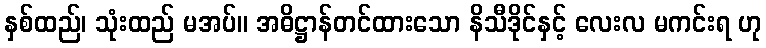
နှစ်ထည်၊ သုံးထည် မအပ်။ အဓိဋ္ဌာန်တင်ထားသော နိသီဒိုင်နှင့် လေးလ မကင်းရ ဟု